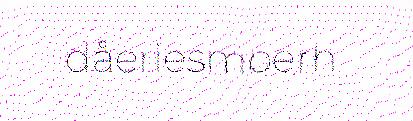
dåeriesmoerh